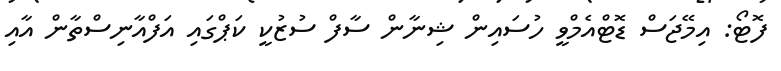
ފޮޓޯ: އިމޭޖަސް ޑޮޓްއެމްވީ ހުސައިން ޝިނާން ސާފް ސުޒުކީ ކަޕްގައި އަފްއާނިސްތާން އާއި